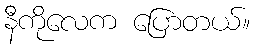
နီကိုလေက ပြောတယ်။